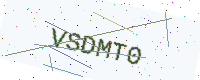
Text: VSDMT0